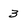
Character: 3